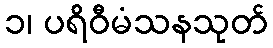
၁၊ ပရိဝီမံသနသုတ်